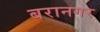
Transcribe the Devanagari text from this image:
बरानगर